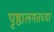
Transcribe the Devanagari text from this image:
पृष्ठालगतच्या